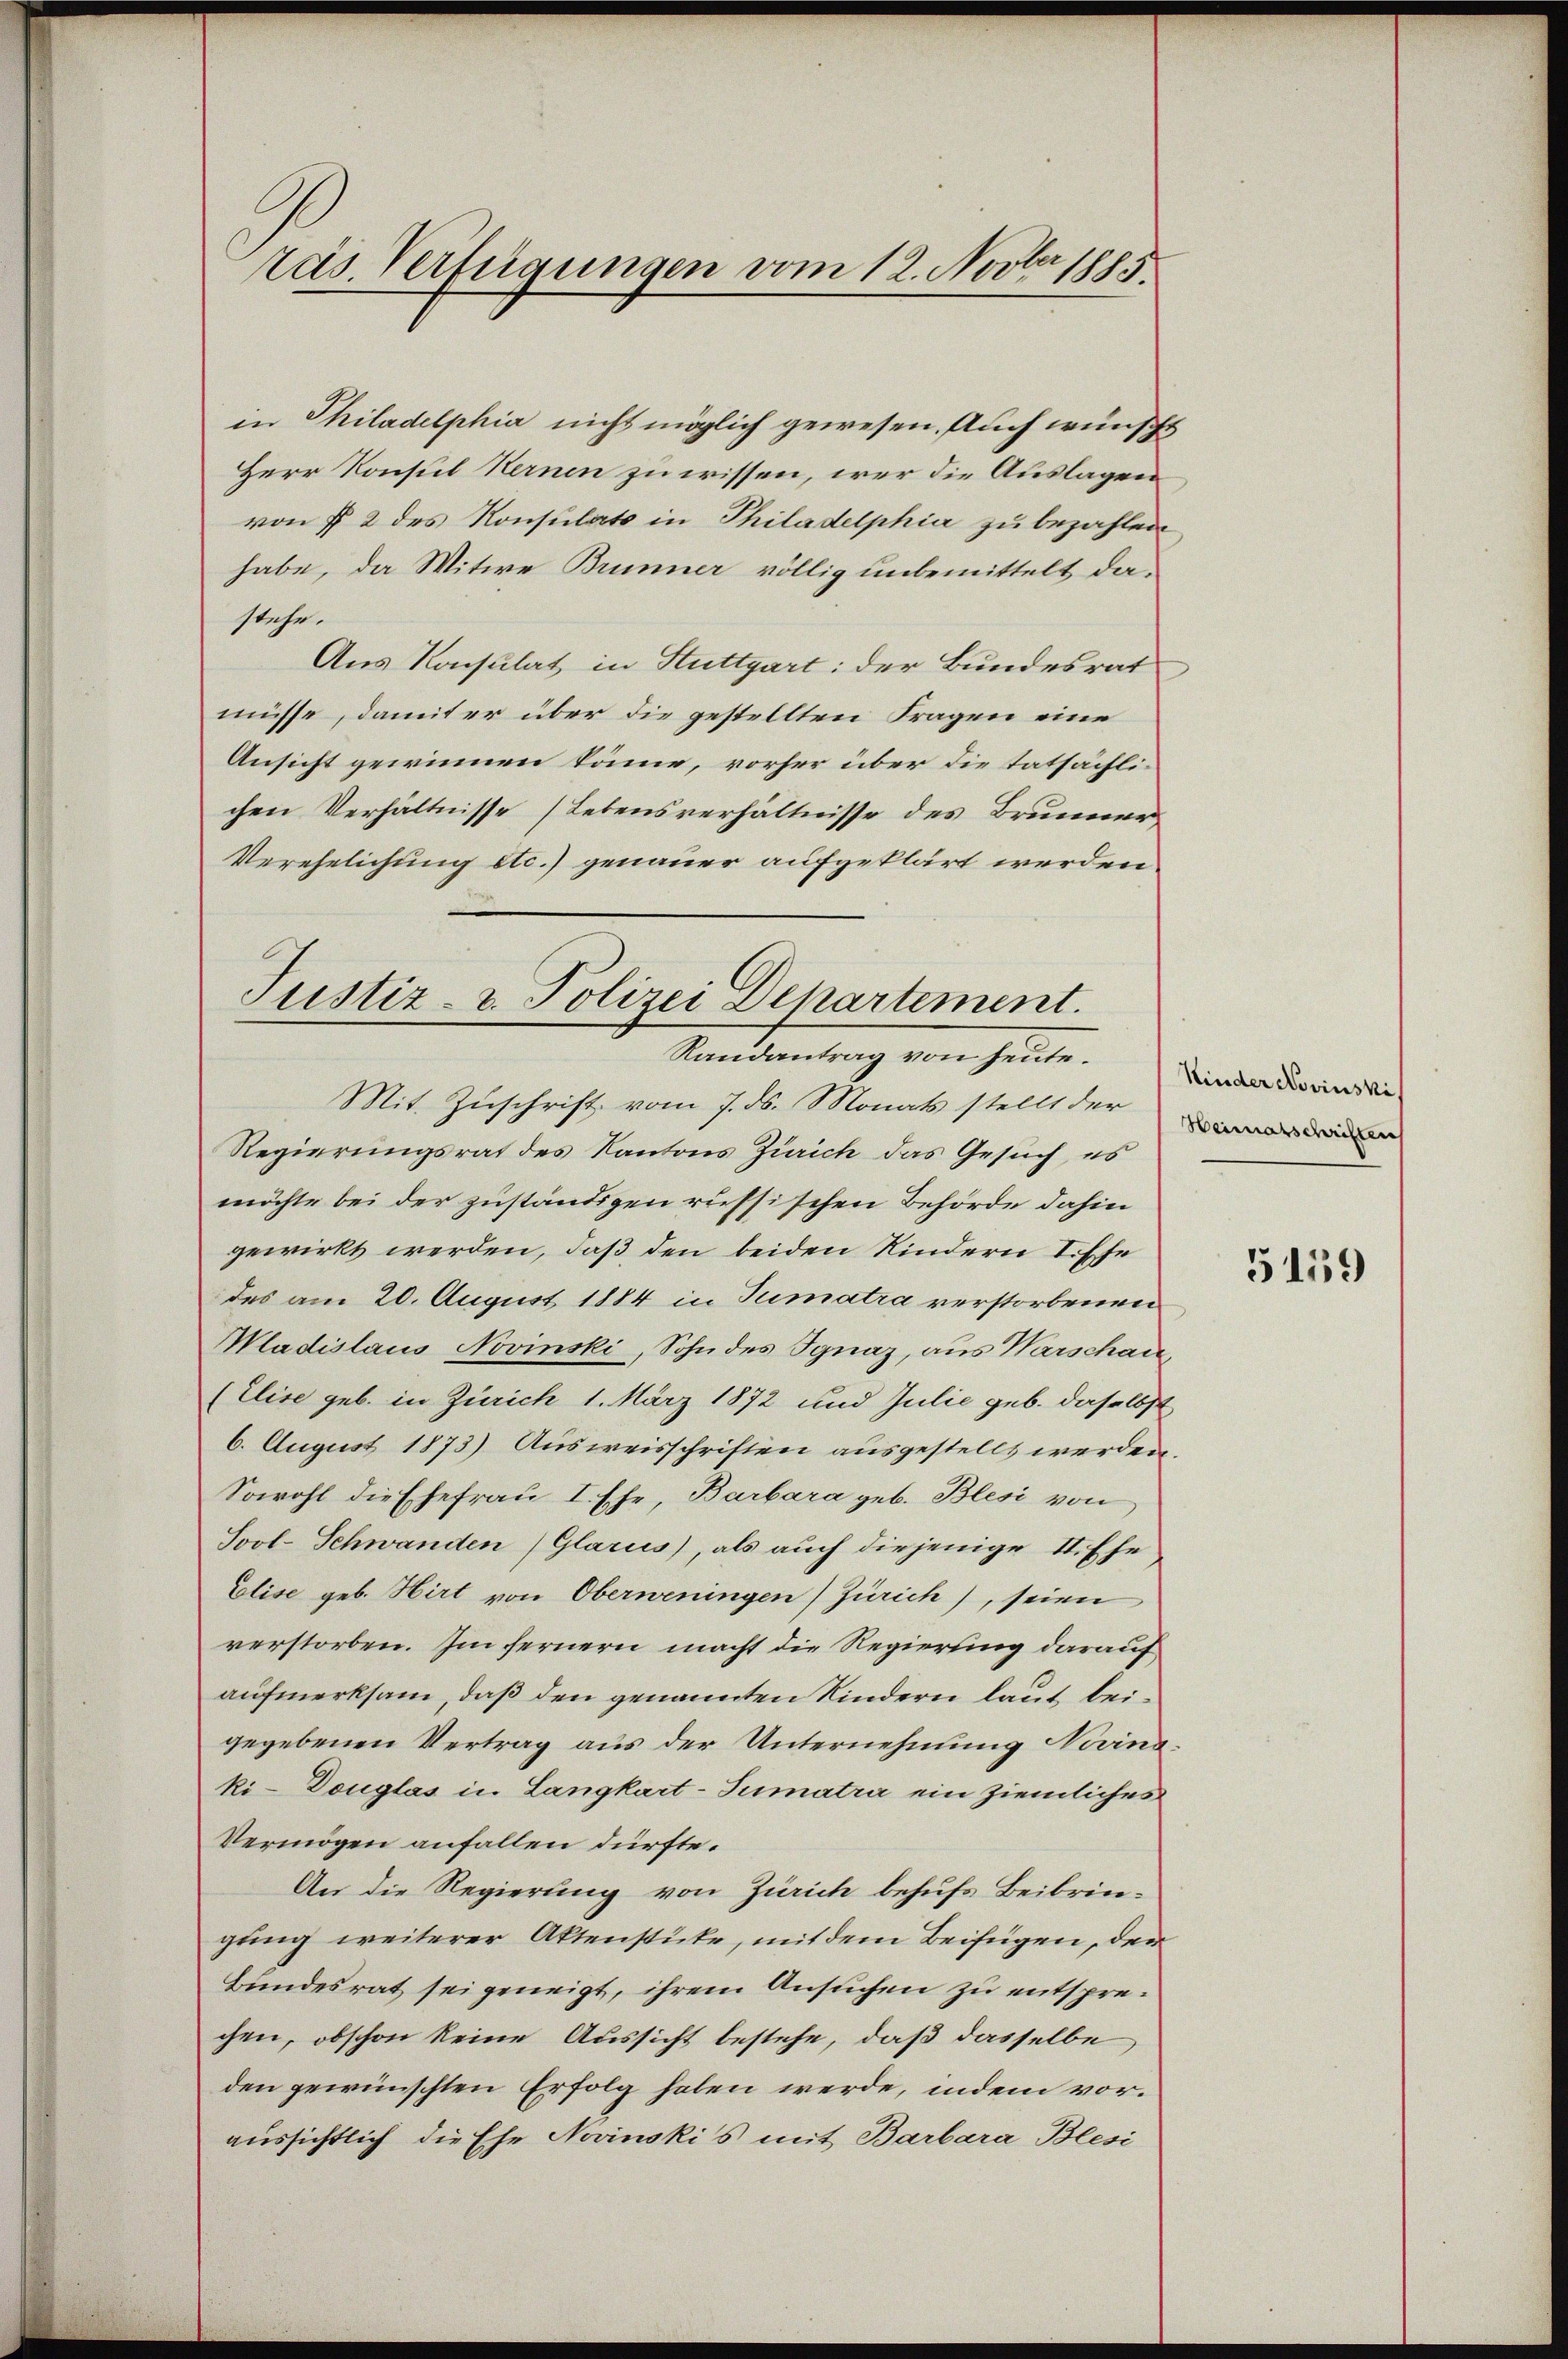
ras. Verfügungen vom 12. Novber 1885.

in Philadelphia nicht möglich gewesen. Auch wünscht
Herr Konsul Kernen zu wissen, wer die Auslagen
von § 2 des Konsulats in Philadelphia zu bezahlen
habe, da Witwe Brunner völlig unbemittelt dastehe.
Aus Konsulat in Stuttgart: der Bundesrat
müsse, damit er über die gestellten Fragen eine
Ansicht gewinnen könne, vorher über die tatsächlichen Verhältnisse Lebensverhältnisse des Brunner
Verehelichung etc.) genauer aufgeklärt werden

Justiz- & Polizei Departement.
Randantrag von heute.

Mit Zuschrift vom 7. ds. Monats stellt der
Regierungsrat des Kantons Zürich das Gesuch, es
möchte bei der zuständigen russischen Behörde dahin
gewirkt werden, daß den beiden Kindern I. Ehe
des am 20. August 1884 in Sumatra verstorbenen
Mladislaus Novinski, Sohn des Ignaz, aus Warschau
(Elise geb. in Zürich 1. März 1872 und Julie geb. daselbst
6. August 1873) Ausweisschriften ausgestellt werden.
Sowohl die Ehefrau I. Ehe, Barbara geb. Blesi von
Sool-Schwanden) Glarus), als auch diejenige II. Ehe
Elise geb. Hirt von Oberweningen) Zürich), seien
verstorben. Im fernern macht die Regierung darauf
aufmerksam, daß den genannten Kindern laut beigegebenen Vertrag aus der Unternehmung Nevinski-Douglas in Langkart-Sumatra ein ziemliches
Vermögen anfallen dürfte.
An die Regierung von Zürich behufs Beibringung weiterer Aktenstücke, mit dem Beifügen, der
Bundesrat sei geneigt, ihrem Ansuchen zu entsprechen, obschon keine Aussicht bestehe, daß dasselbe
den gewünschten Erfolg haben werde, indem voraussichtlich die Ehe Novinskis mit Barbara Blesi

Kinder Novinski,
Heimatschriften

5159